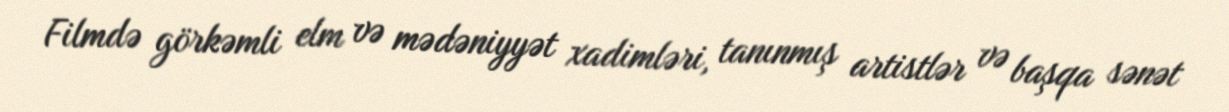
Filmdə görkəmli elm və mədəniyyət xadimləri, tanınmış artistlər və başqa sənət